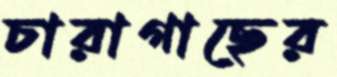
চারাগাছের